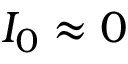
I _ { 0 } \approx 0